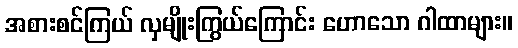
အစားစင်ကြယ် လှမျိုးကြွယ်ကြောင်း ဟောသော ဂါထာများ။